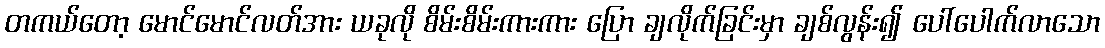
တကယ်တော့ မောင်မောင်လတ်အား ယခုလို စိမ်းစိမ်းကားကား ပြော ချလိုက်ခြင်းမှာ ချစ်လွန်း၍ ပေါ်ပေါက်လာသော